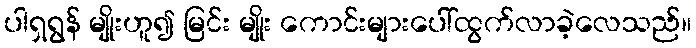
ပါရှရွန် မျိုးဟူ၍ မြင်း မျိုး ကောင်းများပေါ်ထွက်လာခဲ့လေသည်။